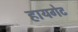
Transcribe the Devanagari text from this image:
हायगेट